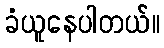
ခံယူနေပါတယ်။